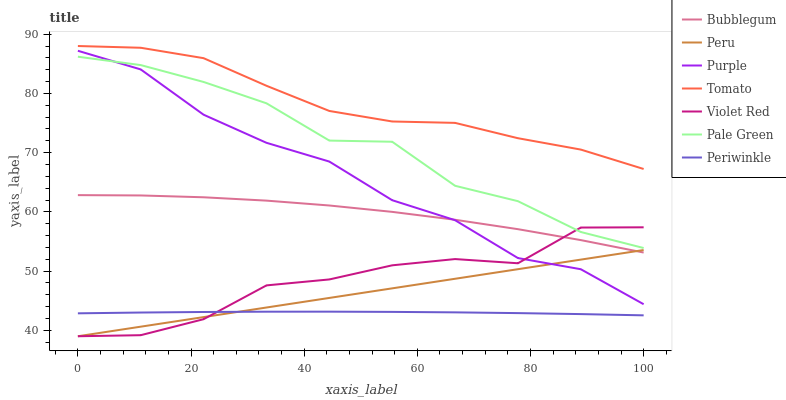
| xaxis_label | Bubblegum | Peru | Purple | Tomato | Violet Red | Pale Green | Periwinkle |
 | --- | --- | --- | --- | --- | --- | --- | --- |
 | 0 | 62.8 | 39 | 87.2 | 88 | 39 | 86.2 | 42.9 |
 | 11.1 | 62.8 | 40.6 | 84 | 87.7 | 39.2 | 84.8 | 43 |
 | 22.2 | 62.5 | 42.2 | 76.4 | 85.9 | 41.9 | 81.9 | 43.1 |
 | 33.3 | 61.9 | 43.9 | 71.7 | 81.3 | 47.6 | 78.3 | 43.1 |
 | 44.4 | 61.1 | 45.5 | 68.5 | 77 | 48.6 | 72 | 43.2 |
 | 55.6 | 60 | 47.1 | 62 | 75.3 | 51 | 71.8 | 43.1 |
 | 66.7 | 58.7 | 48.7 | 58.6 | 75 | 52 | 64.4 | 43 |
 | 77.8 | 57.1 | 50.3 | 52.2 | 72.4 | 51.3 | 61.8 | 42.9 |
 | 88.9 | 55.2 | 51.9 | 50.3 | 70.5 | 57.4 | 56.6 | 42.7 |
 | 100 | 53.1 | 53.6 | 44.4 | 67.2 | 57.4 | 53.9 | 42.5 |